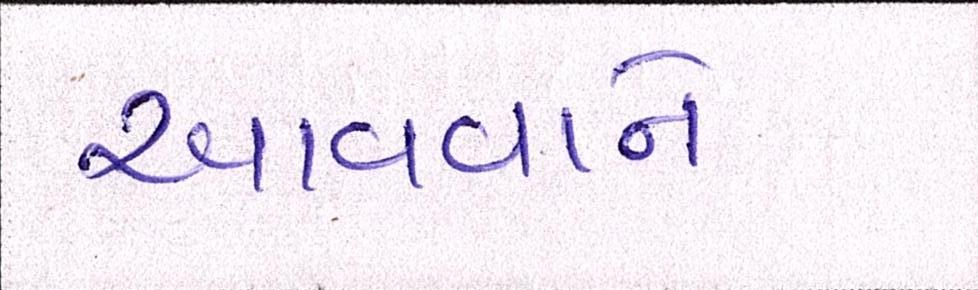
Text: આવવાને